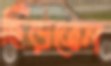
ছিঁড়তেন